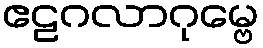
ဧဠဂလာဂုမ္ဗေ